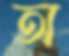
অ